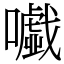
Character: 𡃰